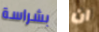
بشراسة ان